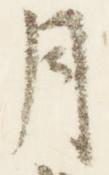
月